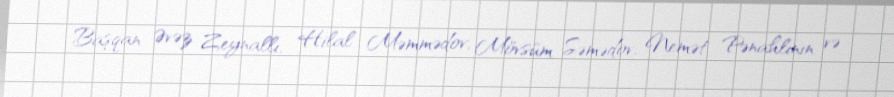
Başqan Əvəz Zeynallı, Hilal Məmmədov, Mövsüm Səmədov, Nemət Pənahlının və